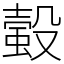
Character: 𧏚